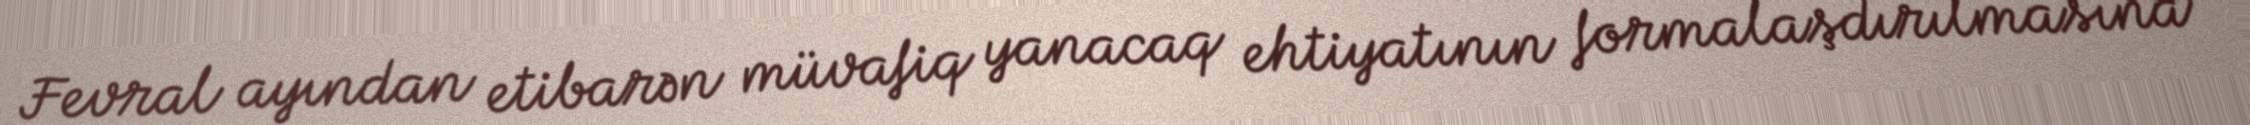
Fevral ayından etibarən müvafiq yanacaq ehtiyatının formalaşdırılmasına